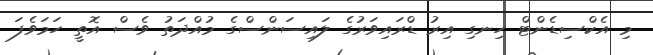
މި އެކްސިޑެންޓް ހިނގިި އިރު ޑްރައިވަރުގެ ލައިސަންސްގެ މުއްދަތު ވެސް އޮތީ ހަމަވެފަ